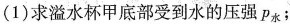
(1)求溢水杯甲底部受到水的压强p_{水}；